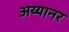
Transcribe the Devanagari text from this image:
अय्यानर